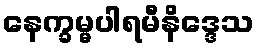
နေက္ခမ္မပါရမီနိဒ္ဒေသ